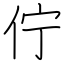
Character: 佇